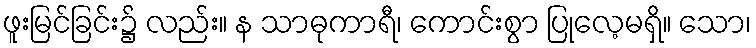
ဖူးမြင်ခြင်း၌ လည်း။ န သာဓုကာရီ၊ ကောင်းစွာ ပြုလေ့မရှိ။ သော၊